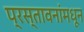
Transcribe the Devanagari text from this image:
प्रस्तावनांमधून